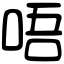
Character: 唔